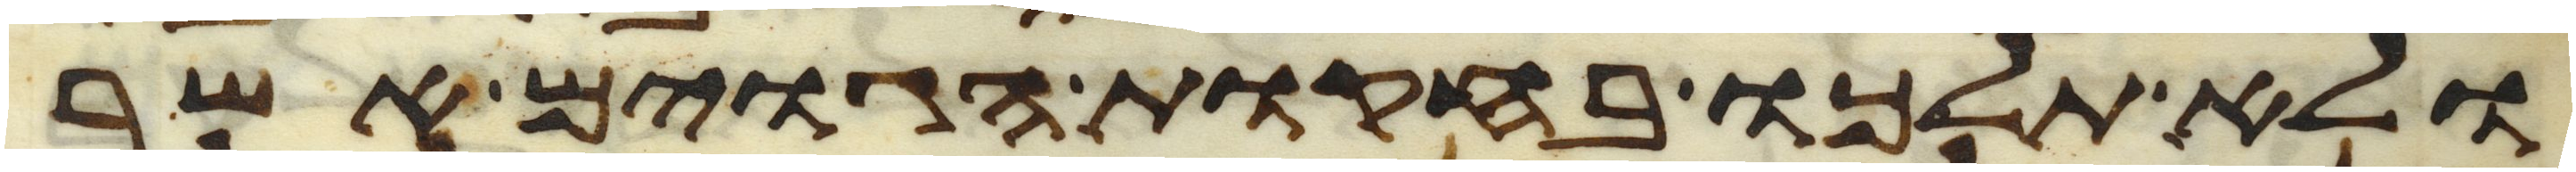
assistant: ולא תלכו בחקות הגוים אשר